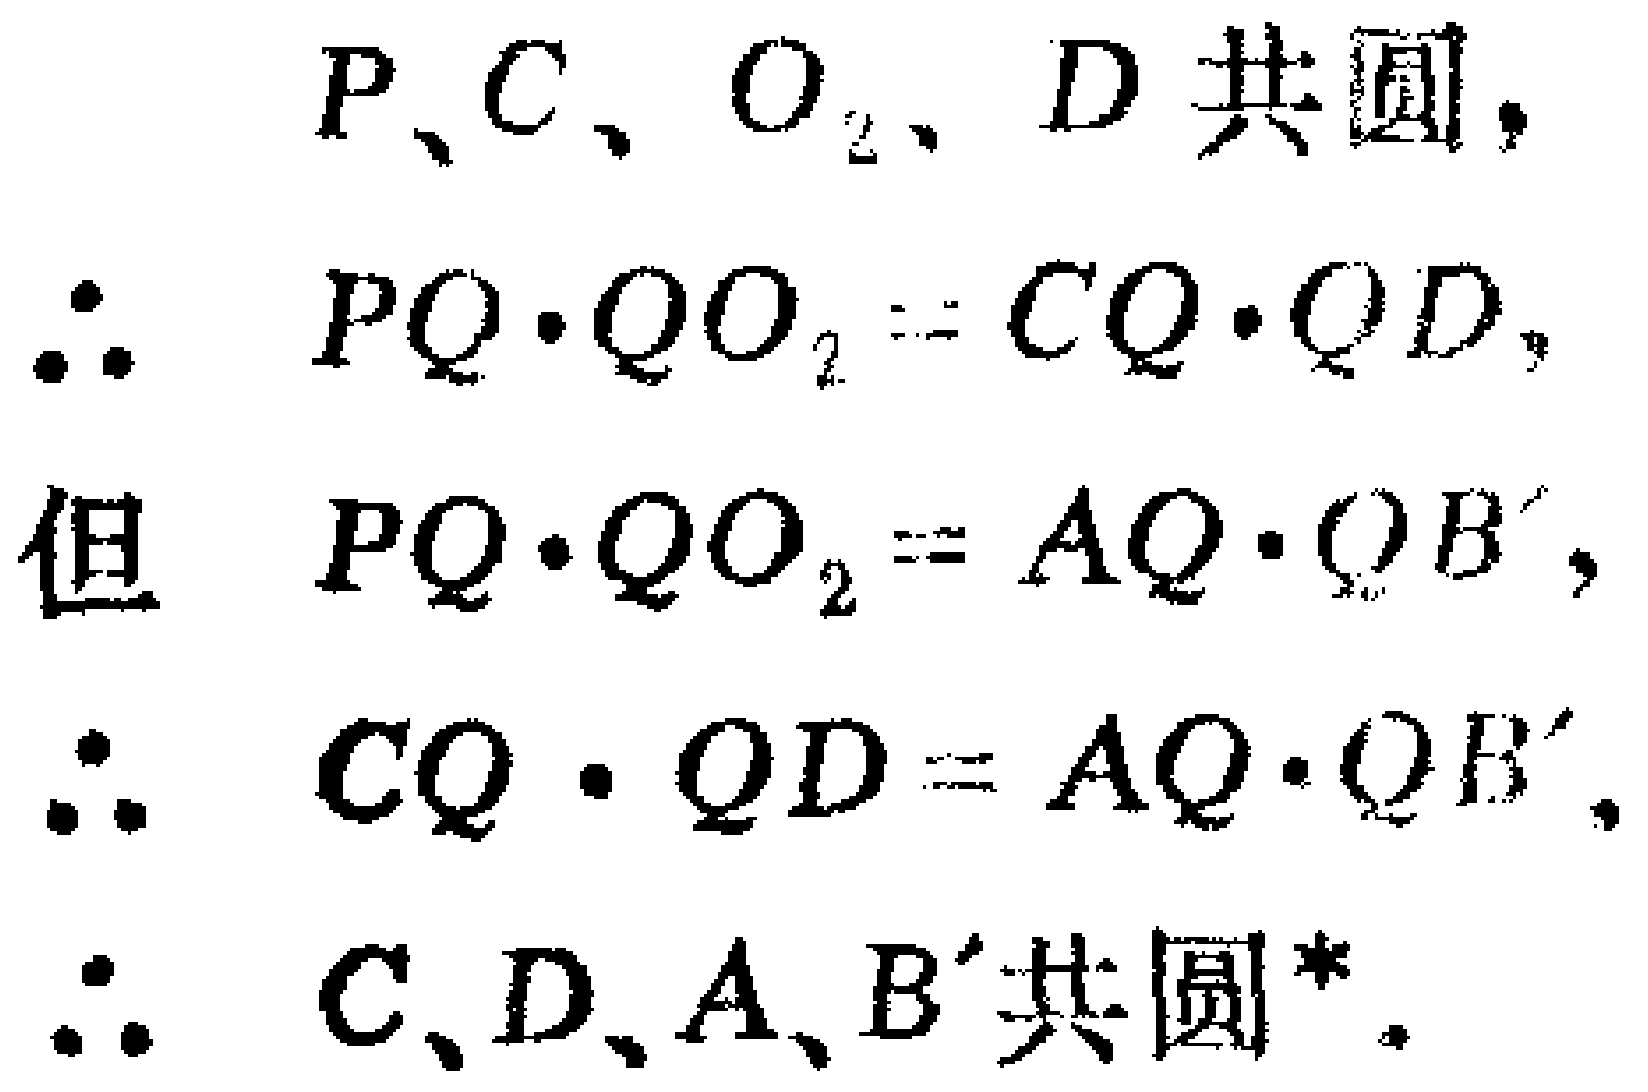
$P、C、O_{2}、D$共圆,
$\therefore PQ\cdot QO_{2}=CQ\cdot QD,$
但$PQ\cdot QO_{2}=AQ\cdot QB',$
$\therefore CQ\cdot QD = AQ\cdot QB',$
$\therefore C、D、A、B'$共圆*。